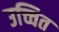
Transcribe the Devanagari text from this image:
उच्चित